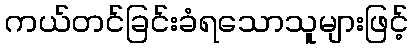
ကယ်တင်ခြင်းခံရသောသူများဖြင့်